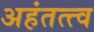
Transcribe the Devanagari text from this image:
अहंतत्त्व